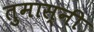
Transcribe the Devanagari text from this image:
तुमास्नी